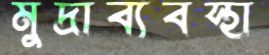
মুদ্রাব্যবস্থা